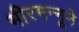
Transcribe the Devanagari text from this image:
मीरमन्नूने